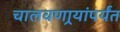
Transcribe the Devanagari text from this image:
चालवणार्‍यांपर्यंत